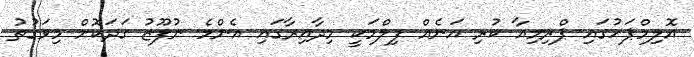
އޮލިމްޕަހުގައި ޕްރިމިއާ ކުރި އަނެއް ފިލްމަކީ މިދާއިރާގައި އެންމެ ނުފޫޒު ގަދަކޮށް މިވަގުތު